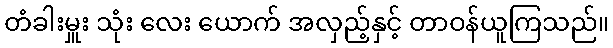
တံခါးမှူး သုံး လေး ယောက် အလှည့်နှင့် တာဝန်ယူကြသည်။